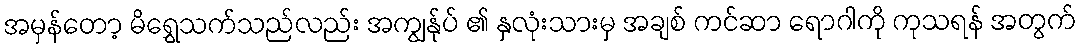
အမှန်တော့ မိရွှေသက်သည်လည်း အကျွန်ုပ် ၏ နှလုံးသားမှ အချစ် ကင်ဆာ ရောဂါကို ကုသရန် အတွက်